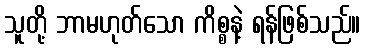
သူတို့ ဘာမဟုတ်သော ကိစ္စနဲ့ ရန်ဖြစ်သည်။